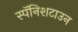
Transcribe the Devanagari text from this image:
स्पॅनिशटाउन